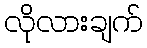
လိုလားချက်